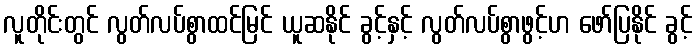
လူတိုင်းတွင် လွတ်လပ်စွာထင်မြင် ယူဆနိုင် ခွင့်နှင့် လွတ်လပ်စွာဖွင့်ဟ ဖော်ပြနိုင် ခွင့်